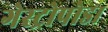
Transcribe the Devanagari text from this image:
गेस्ट्रोपोडा